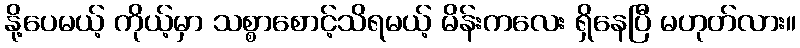
နို့ပေမယ့် ကိုယ့်မှာ သစ္စာစောင့်သိရမယ့် မိန်းကလေး ရှိနေပြီ မဟုတ်လား။